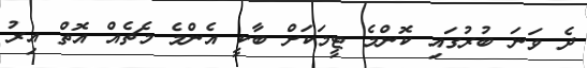
ދެ ވަނަ ބުރުގައި ކޮންމެ ޓީމަކަށް ބާކީ އެންމެ މެޗެއް އޮތް އިރު